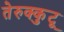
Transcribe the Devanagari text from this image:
तेरुक्कुटू